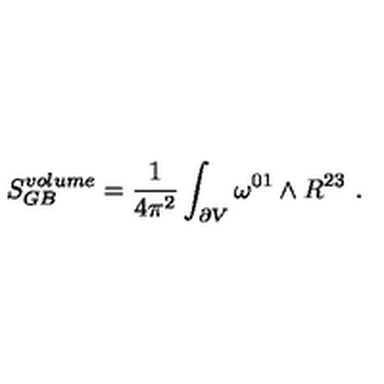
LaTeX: S _ { G B } ^ { v o l u m e } = { \frac { 1 } { 4 \pi ^ { 2 } } } \int _ { \partial V } \omega ^ { 0 1 } \wedge R ^ { 2 3 } \ .